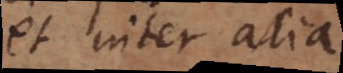
et inter alia